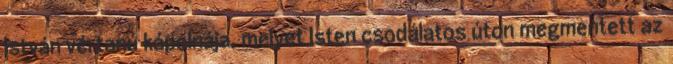
István vértanú kápolnája, melyet Isten csodálatos úton megmentett az